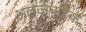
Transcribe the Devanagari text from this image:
अल्जेब्रिक